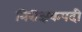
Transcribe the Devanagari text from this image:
निरीक्षकपदी